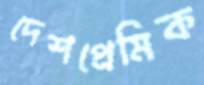
দেশপ্রেমিক